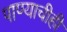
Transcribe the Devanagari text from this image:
पाण्याचीही